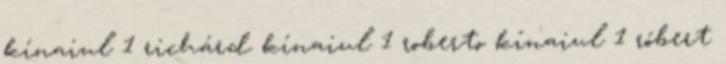
kínaiul 1 richárd kínaiul 1 roberto kínaiul 1 róbert